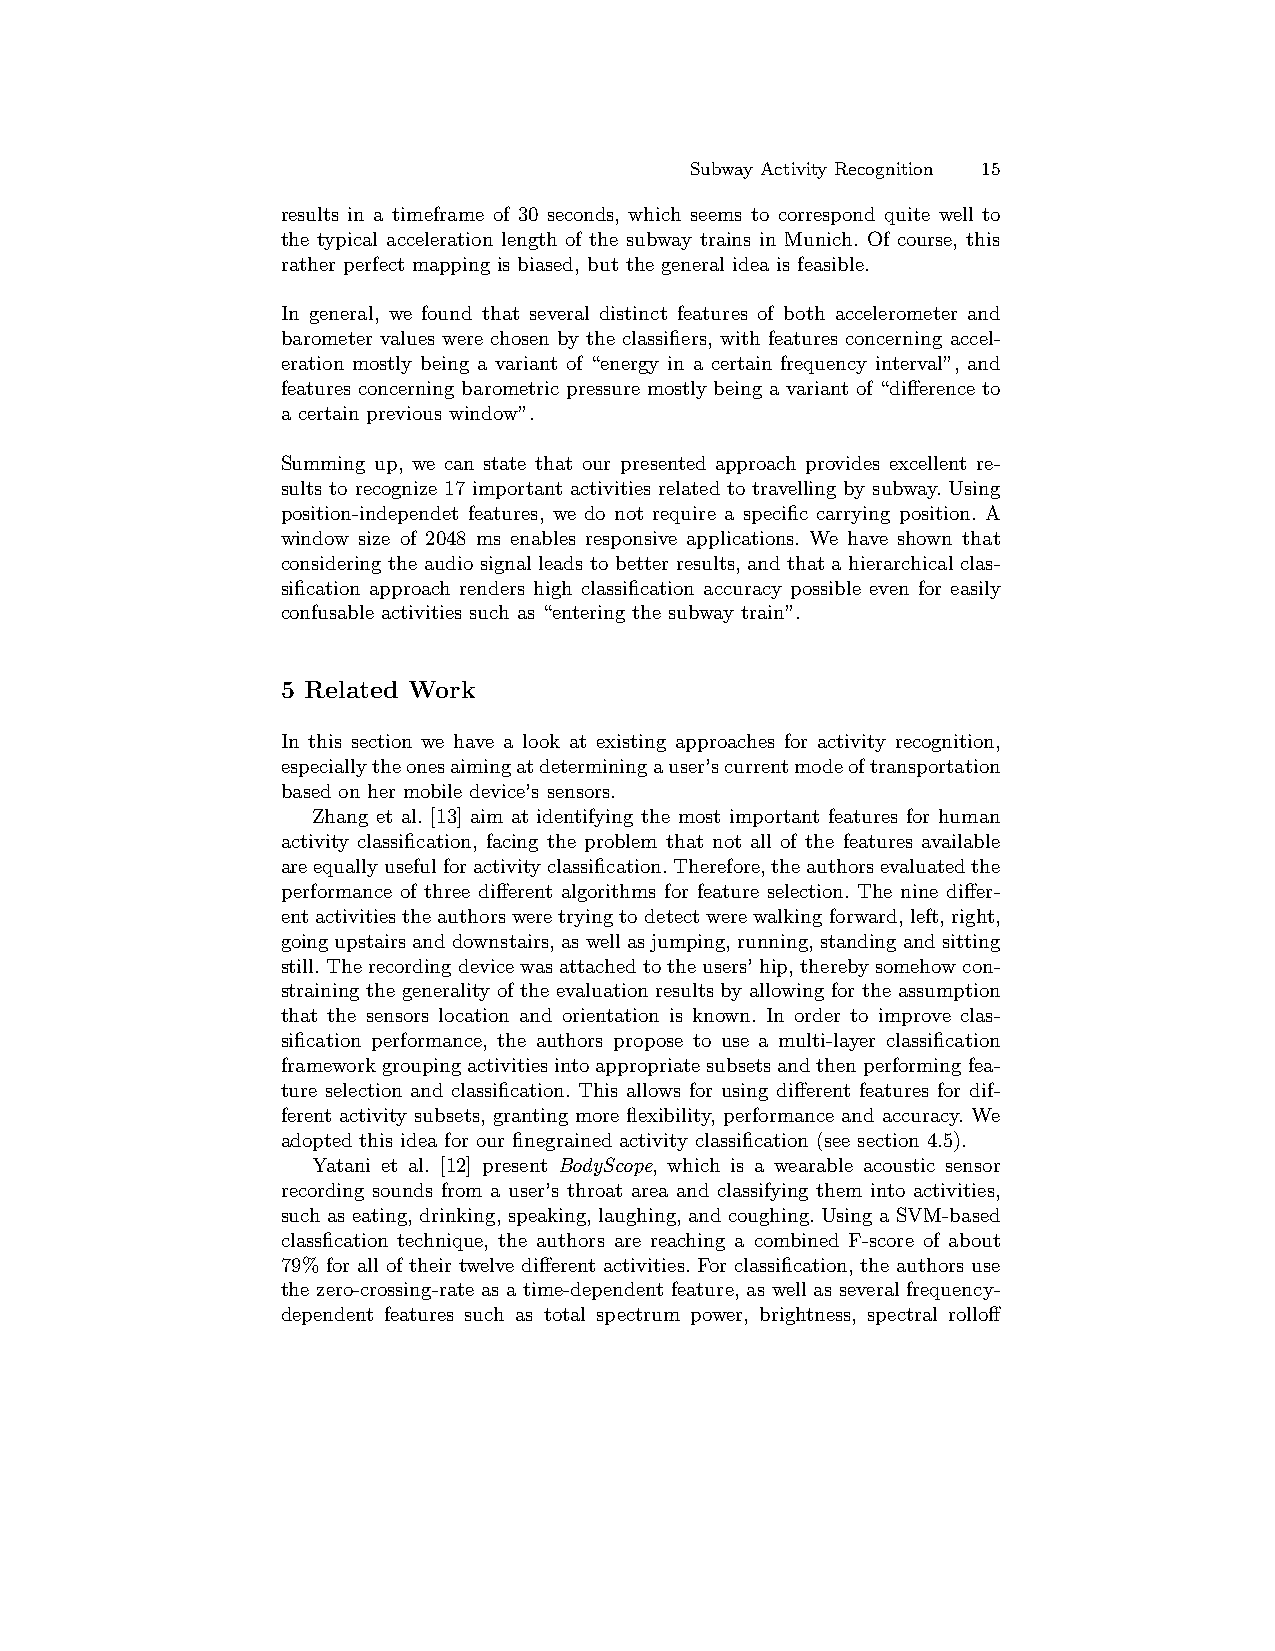
Subway Activity Recognition 15
 results in a timeframe of 30 seconds, which seems to correspond quite well to
 the typical acceleration length of the subway trains in Munich. Of course, this
 rather perfect mapping is biased, but the general idea is feasible.
 In general, we found that several distinct features of both accelerometer and
 barometer values were chosen by the classifiers, with features concerning accel-
 eration mostly being a variant of “energy in a certain frequency interval”, and
 features concerning barometric pressure mostly being a variant of “difference to
 a certain previous window”.
 Summing up, we can state that our presented approach provides excellent re-
 sults to recognize 17 important activities related to travelling by subway. Using
 position-independet features, we do not require a specific carrying position. A
 window size of 2048 ms enables responsive applications. We have shown that
 considering the audio signal leads to better results, and that a hierarchical clas-
 sification approach renders high classification accuracy possible even for easily
 confusable activities such as “entering the subway train”.
 5 Related Work
 In this section we have a look at existing approaches for activity recognition,
 especiallytheonesaimingatdeterminingauser’scurrentmodeoftransportation
 based on her mobile device’s sensors.
 Zhang et al. [13] aim at identifying the most important features for human
 activity classification, facing the problem that not all of the features available
 areequallyusefulforactivityclassification.Therefore,theauthorsevaluatedthe
 performance of three different algorithms for feature selection. The nine differ-
 entactivitiestheauthorsweretryingtodetectwerewalkingforward,left,right,
 goingupstairsanddownstairs,aswellasjumping,running,standingandsitting
 still.Therecordingdevicewasattachedtotheusers’hip,therebysomehowcon-
 straining the generality of the evaluation results by allowing for the assumption
 that the sensors location and orientation is known. In order to improve clas-
 sification performance, the authors propose to use a multi-layer classification
 frameworkgroupingactivitiesintoappropriatesubsetsandthenperformingfea-
 ture selection and classification. This allows for using different features for dif-
 ferent activity subsets, granting more flexibility, performance and accuracy. We
 adopted this idea for our finegrained activity classification (see section 4.5).
 Yatani et al. [12] present BodyScope, which is a wearable acoustic sensor
 recording sounds from a user’s throat area and classifying them into activities,
 such as eating, drinking, speaking, laughing, and coughing. Using a SVM-based
 classfication technique, the authors are reaching a combined F-score of about
 79% for all of their twelve different activities. For classification, the authors use
 the zero-crossing-rate as a time-dependent feature, as well as several frequency-
 dependent features such as total spectrum power, brightness, spectral rolloff